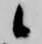
候